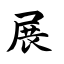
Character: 展